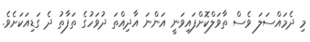
މި ދެމައްސަލަ ވެސް ތާވަލްކޮށްފައިވަނީ އަންނަ އާދިއްތަ ދުވަހުގެ ތަފާތު ދެ ގަޑިއަކަށެވެ.